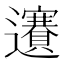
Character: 𨙇